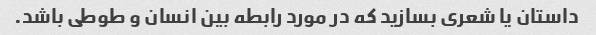
داستان یا شعری بسازید که در مورد رابطه بین انسان و طوطی باشد.